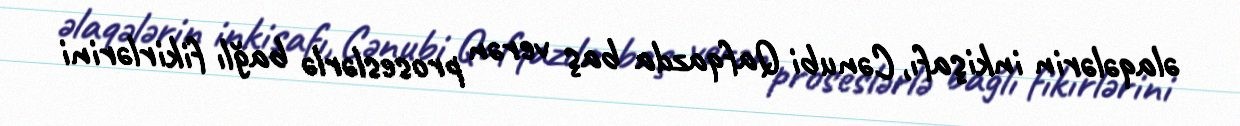
əlaqələrin inkişafı, Cənubi Qafqazda baş verən proseslərlə bağlı fikirlərini